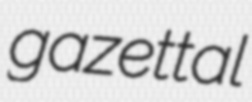
gazettal